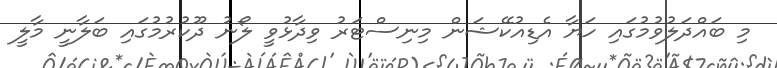
މި ބައްދަލުވުމުގައި ހަޔާ އެޑިއުކޭޝަން މިނިސްޓަރު ވިދާޅުވީ ލޯނު ދޫކުރުމުގައި ބަލާނީ މާލީ